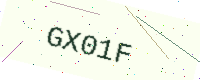
Text: GX01F